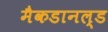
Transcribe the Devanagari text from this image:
मैकडानल्ड